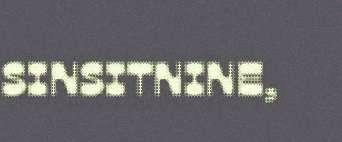
SINSITNINE,